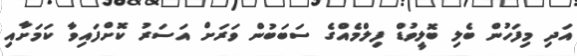
އަދި މިފަހުން ބެލި ބޮލީވުޑް ފިލްމެއްގެ ސަބަބުން ވަރަށް އަސަރު ކޮށްފައިވާ ކަމަށާއި